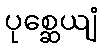
ပုစ္ဆေယျံ